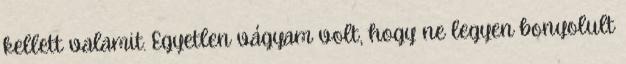
kellett valamit. Egyetlen vágyam volt, hogy ne legyen bonyolult